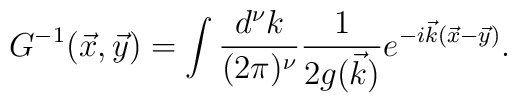
G^{-1}(\vec{x},\vec{y})=\int{{d^{\nu}k}\over {(2 \pi)^{\nu}}} {1\over {2 g(\vec{k}})} e^{- i \vec{k} (\vec{x}-\vec{y})}.